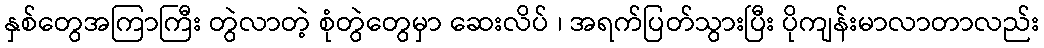
နှစ်တွေအကြာကြီး တွဲလာတဲ့ စုံတွဲတွေမှာ ဆေးလိပ် ၊ အရက်ပြတ်သွားပြီး ပိုကျန်းမာလာတာလည်း